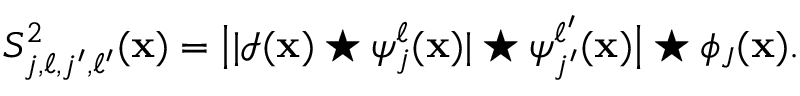
\begin{array} { r } { S _ { j , \ell , j ^ { \prime } , \ell ^ { \prime } } ^ { 2 } ( \mathbf { x } ) = \big | | \mathcal { I } ( \mathbf { x } ) \star \psi _ { j } ^ { \ell } ( \mathbf { x } ) | \star \psi _ { j ^ { \prime } } ^ { \ell ^ { \prime } } ( \mathbf { x } ) \big | \star \phi _ { J } ( \mathbf { x } ) . } \end{array}